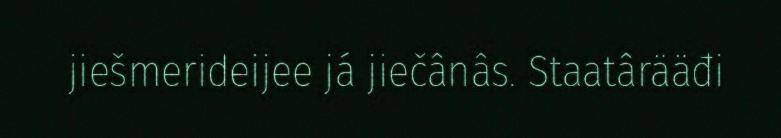
jiešmerideijee já jiečânâs. Staatârääđi